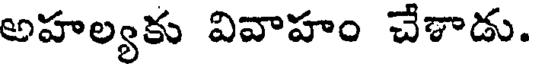
అహల్యకు వివాహం చేశాడు.